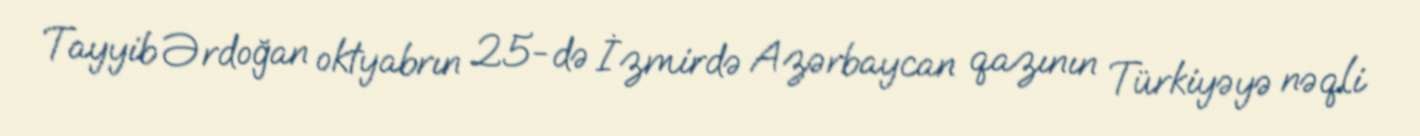
Tayyib Ərdoğan oktyabrın 25-də İzmirdə Azərbaycan qazının Türkiyəyə nəqli